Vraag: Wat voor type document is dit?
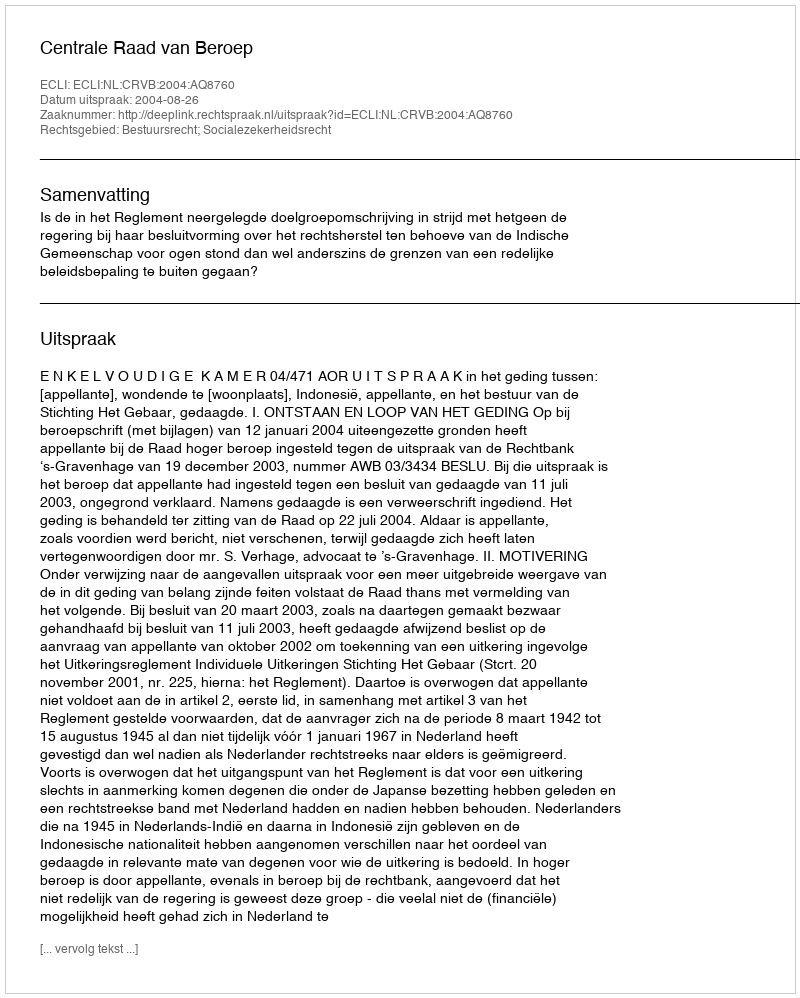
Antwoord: Uitspraak